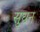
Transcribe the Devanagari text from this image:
सुघन